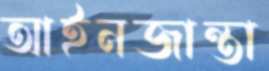
আইনজান্তা